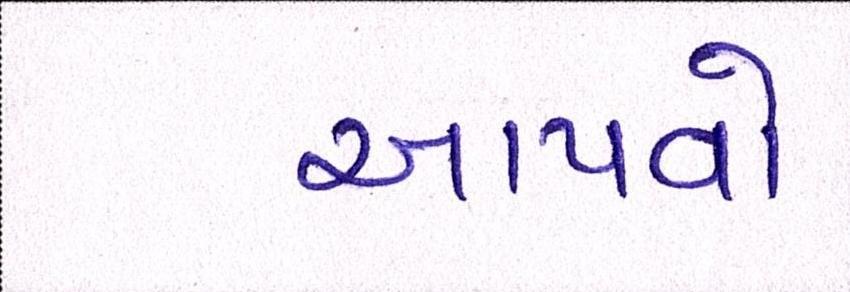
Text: આપવો